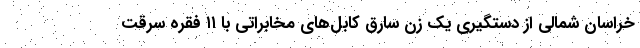
خراسان شمالی از دستگیری یک زن سارق کابل‌های مخابراتی با ۱۱ فقره سرقت